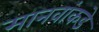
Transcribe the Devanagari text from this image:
मानवांकडे